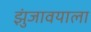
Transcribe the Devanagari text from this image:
झुंजावयाला